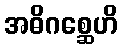
အဓိဂစ္ဆေဟိ